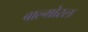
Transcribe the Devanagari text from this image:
बाल्मोरल